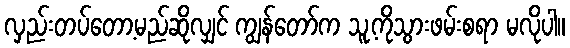
လှည်းတပ်တော့မည်ဆိုလျှင် ကျွန်တော်က သူ့ကိုသွားဖမ်းစရာ မလိုပါ။